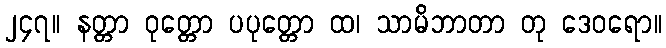
၂၄၇။ နတ္တာ ဝုတ္တော ပပုတ္တော ထ၊ သာမိဘာတာ တု ဒေဝရော။